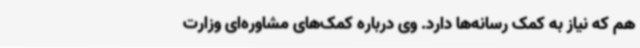
هم که نیاز به کمک رسانه‌ها دارد. وی درباره کمک‌های مشاوره‌ای وزارت